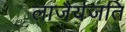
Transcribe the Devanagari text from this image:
लाजैर्यजति